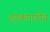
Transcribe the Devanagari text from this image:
हृदकपाटीय